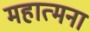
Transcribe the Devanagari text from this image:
महात्मना